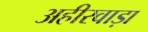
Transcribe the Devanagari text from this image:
अहीरवाड़ा